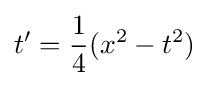
t'={\frac {1}{4}}(x^{2}-t^{2})